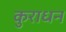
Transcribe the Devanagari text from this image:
कुराधन